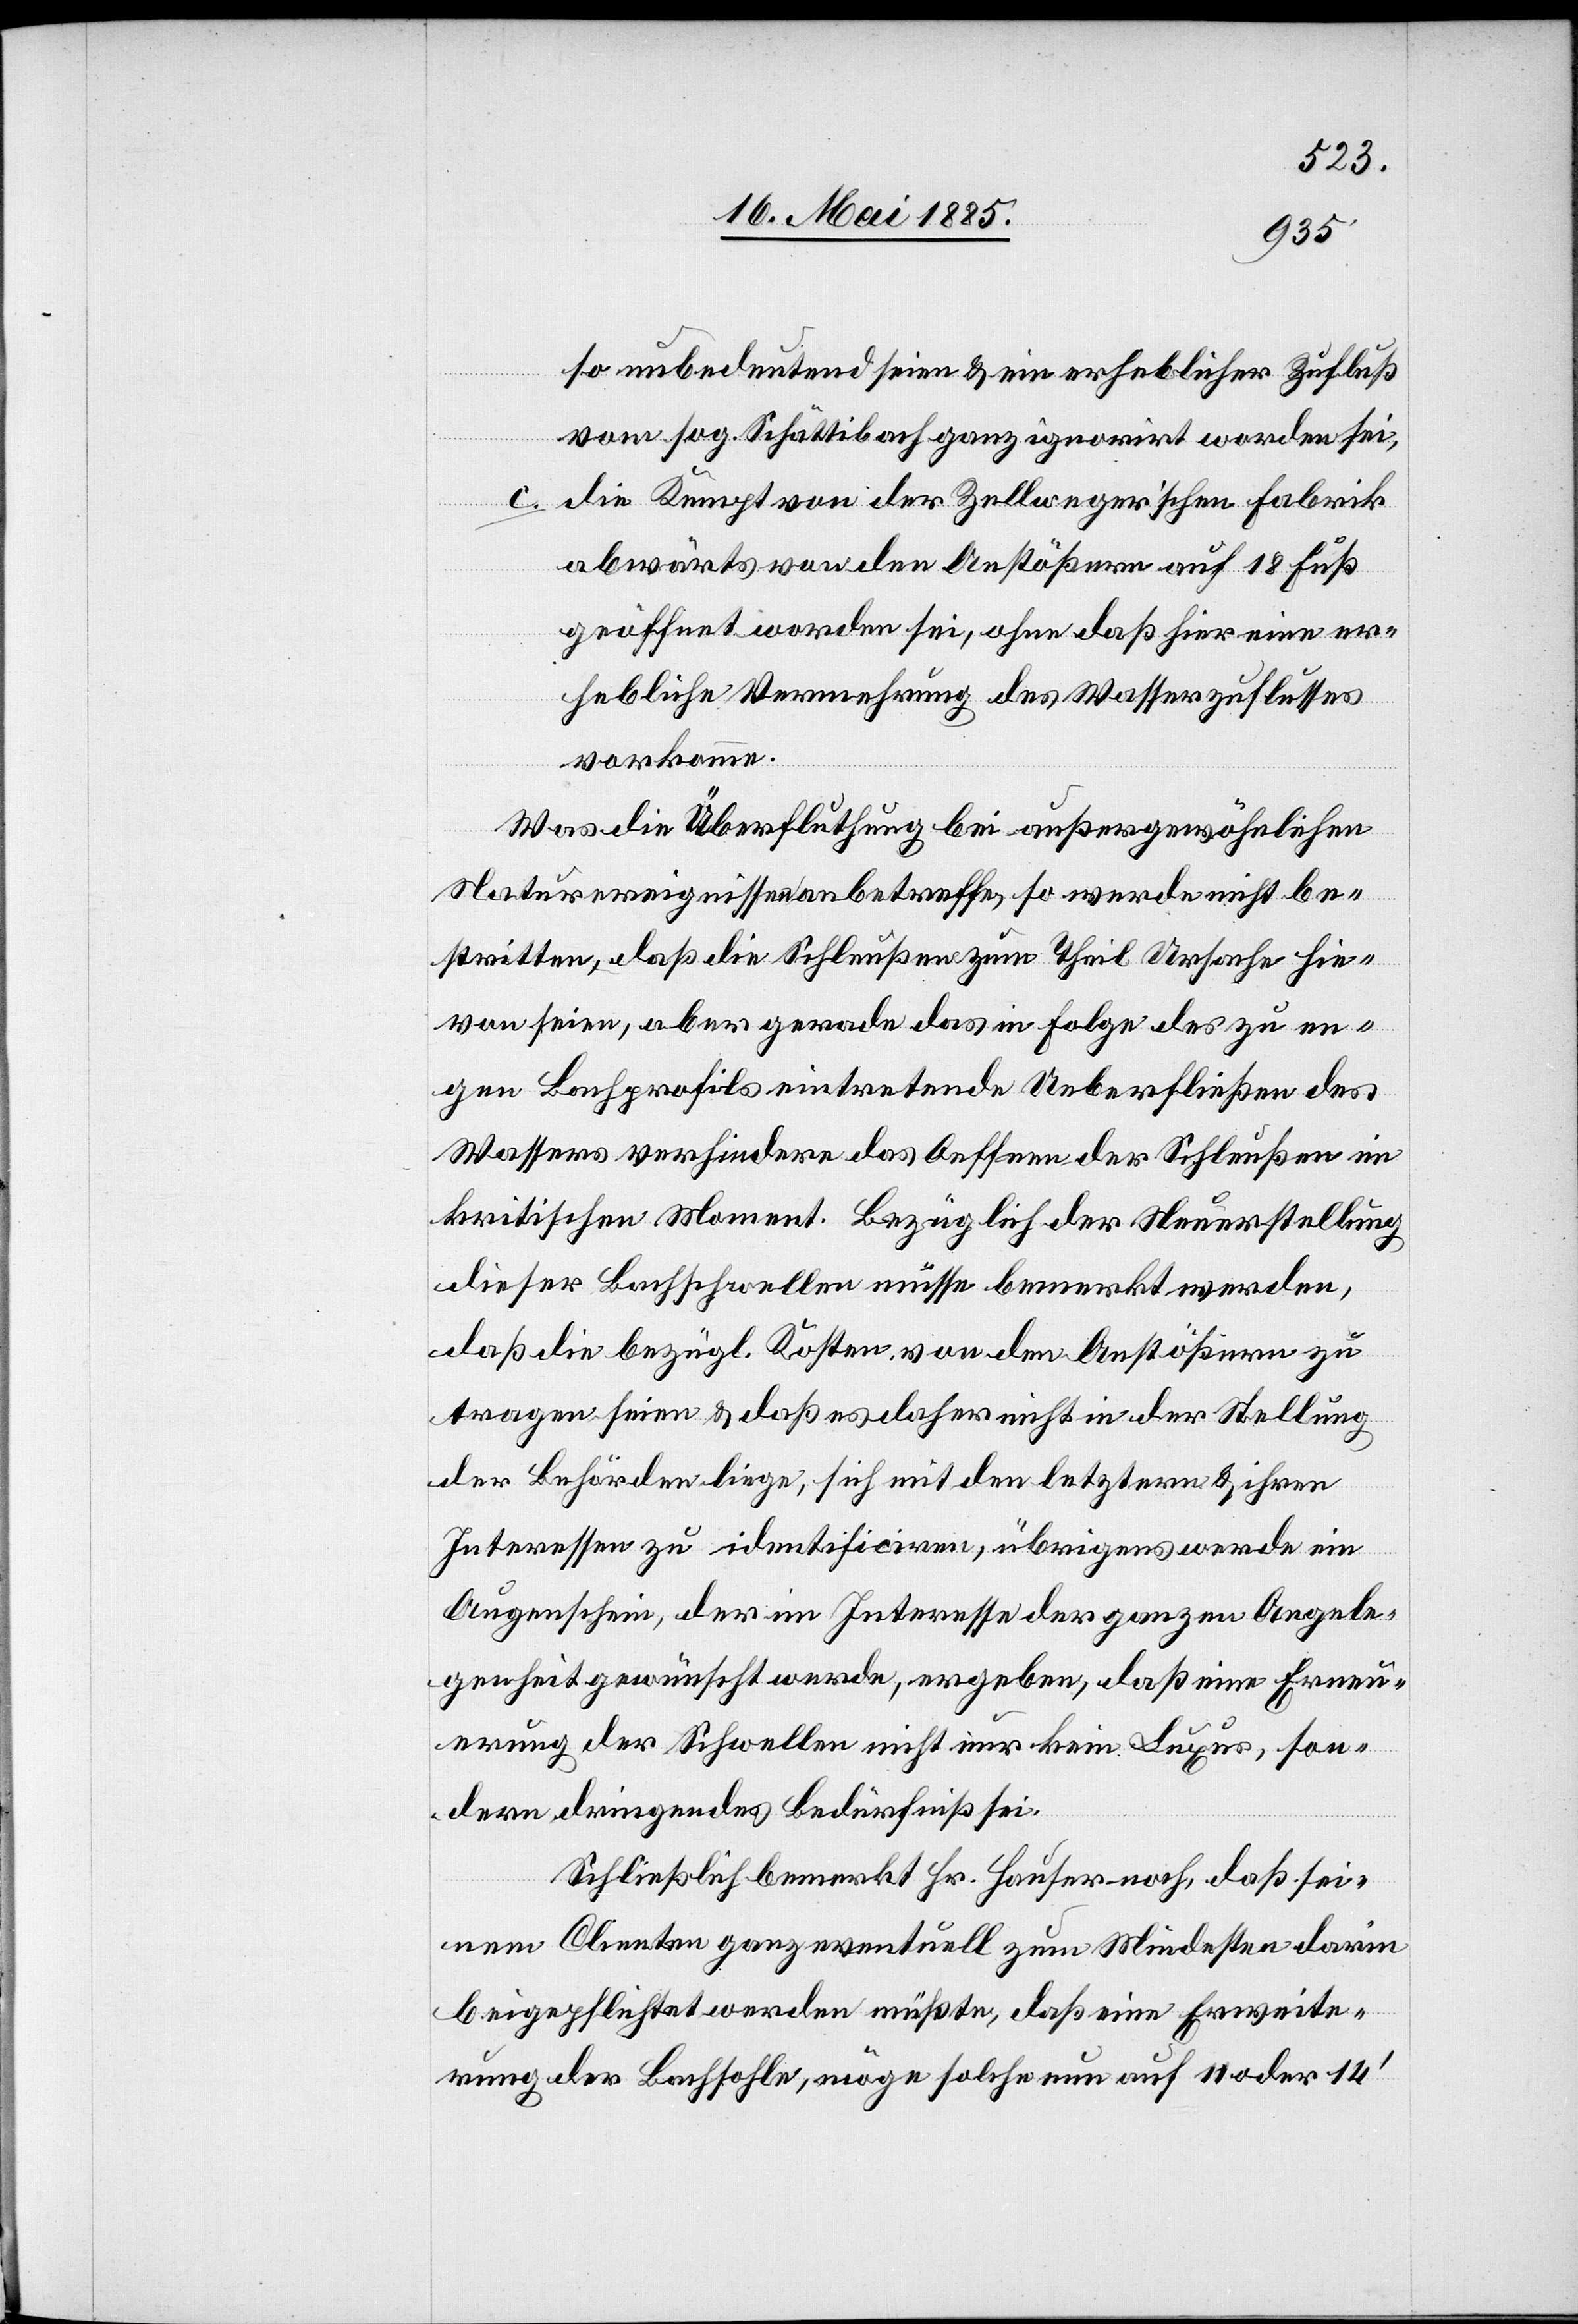
so unbedeutend seien & ein erheblicher Zufluß
vom sog. Schättibach ganz ignorirt worden sei,
c. die Kempt von der Zellweger’schen Fabrik
abwärts von den Anstößern auf 18 Fuß
geöffnet worden sei, ohne daß hier eine er¬
hebliche Vermehrung des Wasserzuflusses
vorkomme.
Was die Überfluthung bei außergewöhnlichen
Naturereignissen anbetreffe, so werde nicht be¬
stritten, daß die Schleußen zum Theil Ursache hie¬
von seien, aber gerade das in Folge des zu en¬
gen Bachprofils eintretende Ueberfließen des
Wassers verhindere das Oeffnen der Schleußen im
kritischen Moment. Bezüglich der Steuerstellung
dieser Bachschwellen müsse bemerkt werden,
daß die bezügl. Kosten von den Anstößern zu
tragen seien & daß es daher nicht in der Stellung
der Behörden liege, sich mit den letztern & ihren
Interessen zu identificiren, übrigens werde ein
Augenschein, der im Interesse der ganzen Angele¬
genheit gewünscht werde, ergeben, daß eine Erneu¬
erung der Schwellen nicht nur kein Luxus, son¬
dern dringendes Bedürfniß sei.
Schließlich bemerkt Hr. Hauser noch, daß sei¬
nen Clienten ganz eventuell zum Mindesten darin
beigepflichtet werden müßte, daß eine Erweite¬
rung der Bachsohle, möge solche nun auf 11 oder 14’